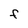
Character: f